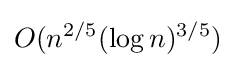
O(n^{2/5}(\log n)^{3/5})